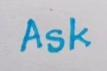
Ask